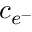
c _ { e ^ { - } }